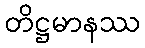
တိဋ္ဌမာနဿ